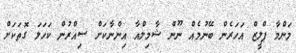
މަންމާ ޕްލީޒް އަހަރެން ބޭނުމެއް ނޫން ޝާމިލްއާ އިންނާކަށް ސިއްރުން ކަހަލަ ގޮތަކަށް